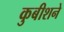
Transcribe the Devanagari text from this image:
कुबीशने